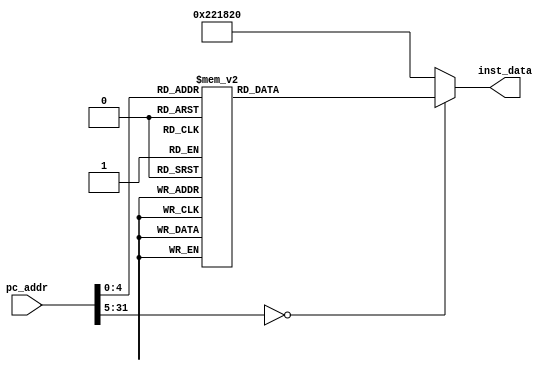
`timescale      1ns/1ps
// *********************************************************************************
// Project Name :       
// Blogs        : http://www.cnblogs.com/ninghechuan/
// Module Name  :
// Called By    :
// Abstract     :
//
// CopyRight(c) 2018, NingHeChuan Studio.. 
// All Rights Reserved
//
// *********************************************************************************
// Modification History:
// Date         By              Version                 Change Description
// -----------------------------------------------------------------------
// 2018/4/13    NingHeChuan       1.0                     Original
//  
// *********************************************************************************

module Inst_Mem(
    input           [31:0] pc_addr,
    output      reg [31:0] inst_data
);


//inst_mem
always @(*)begin
	case(pc_addr)
	//R
	'd0: 	inst_data = 32'b000000_00001_00010_00011_00000_100000;//add
	'd1: 	inst_data = 32'b000000_00001_00010_00011_00000_100010;//sub
	'd2: 	inst_data = 32'b000000_00001_00010_00011_00000_100100;//and
	'd3: 	inst_data = 32'b000000_00001_00010_00011_00000_100101;//or
	'd4: 	inst_data = 32'b000000_00001_00010_00011_00000_100110;//xor
	'd5:	inst_data = 32'b000000_00001_00010_00011_00100_000000;//sll
	'd6:	inst_data = 32'b000000_00001_00010_00011_00100_000010;//srl
	'd7:	inst_data = 32'b000000_00001_00010_00011_00100_000011;//sra
	//I
	'd8:	inst_data = 32'b001000_00001_00010_00000_00000_111111;//addi
	'd9:	inst_data = 32'b001100_00001_00010_00000_00000_111111;//andi
	'd10:	inst_data = 32'b001101_00001_00010_00000_00000_111111;//ori
	'd11:	inst_data = 32'b001110_00001_00010_00000_00000_111111;//xori
	'd12:	inst_data = 32'b001111_00001_00010_00000_00000_111111;//lui
 	'd13:	inst_data = 32'b000100_00001_00010_00000_00000_111111;//beq 
	//'d14:	inst_data = 32'b000101_00001_00010_00000_00000_111111;//bne 
	//'d15:	inst_data = 32'b100011_00001_00010_00000_00000_111111;//lw 
	//'d16:	inst_data = 32'b101011_00001_00010_00000_00000_111111;//sw  */
	//J
	//'d17:	inst_data = 32'b000010_00001_00010_00000_00000_111111;//j 
	//'d18:	inst_data = 32'b000011_00001_00010_00000_00000_111111;//jal 
	//R
	'd19:	inst_data = 32'b000000_00001_00000_00000_00000_001000;//jr 
	//
	//'d14: 	inst_data = 32'b010000_00000_00010_00011_00000_000000;//mfc0 rt, rd
	//'d15: 	inst_data = 32'b010000_00100_00010_00011_00000_000000;//mtc0 rt, rd
	//'d16: 	inst_data = 32'b000000_00000_00000_00000_00000_001100;//syscall
	//'d17: 	inst_data = 32'b010000_00000_00000_00000_00000_011000;//eret
	default:inst_data = 32'b000000_00001_00010_00011_00000_100000;//add
	endcase
	
end

endmodule